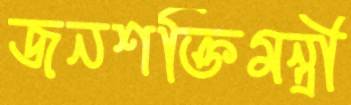
জনশক্তিমন্ত্রী